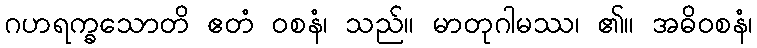
ဂဟရက္ခသောတိ ဧတံ ဝစနံ၊ သည်။ မာတုဂါမဿ၊ ၏။ အဓိဝစနံ၊